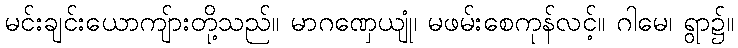
မင်းချင်းယောကျ်ားတို့သည်။ မာဂဏှေယျုံ၊ မဖမ်းစေကုန်လင့်။ ဂါမေ၊ ရွာ၌။